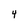
Character: 4